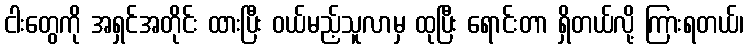
ငါးတွေကို အရှင်အတိုင်း ထားပြီး ဝယ်မည့်သူလာမှ ထုပြီး ရောင်းတာ ရှိတယ်လို့ ကြားရတယ်၊